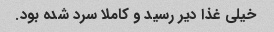
خیلی غذا دیر رسید و کاملا سرد شده بود.